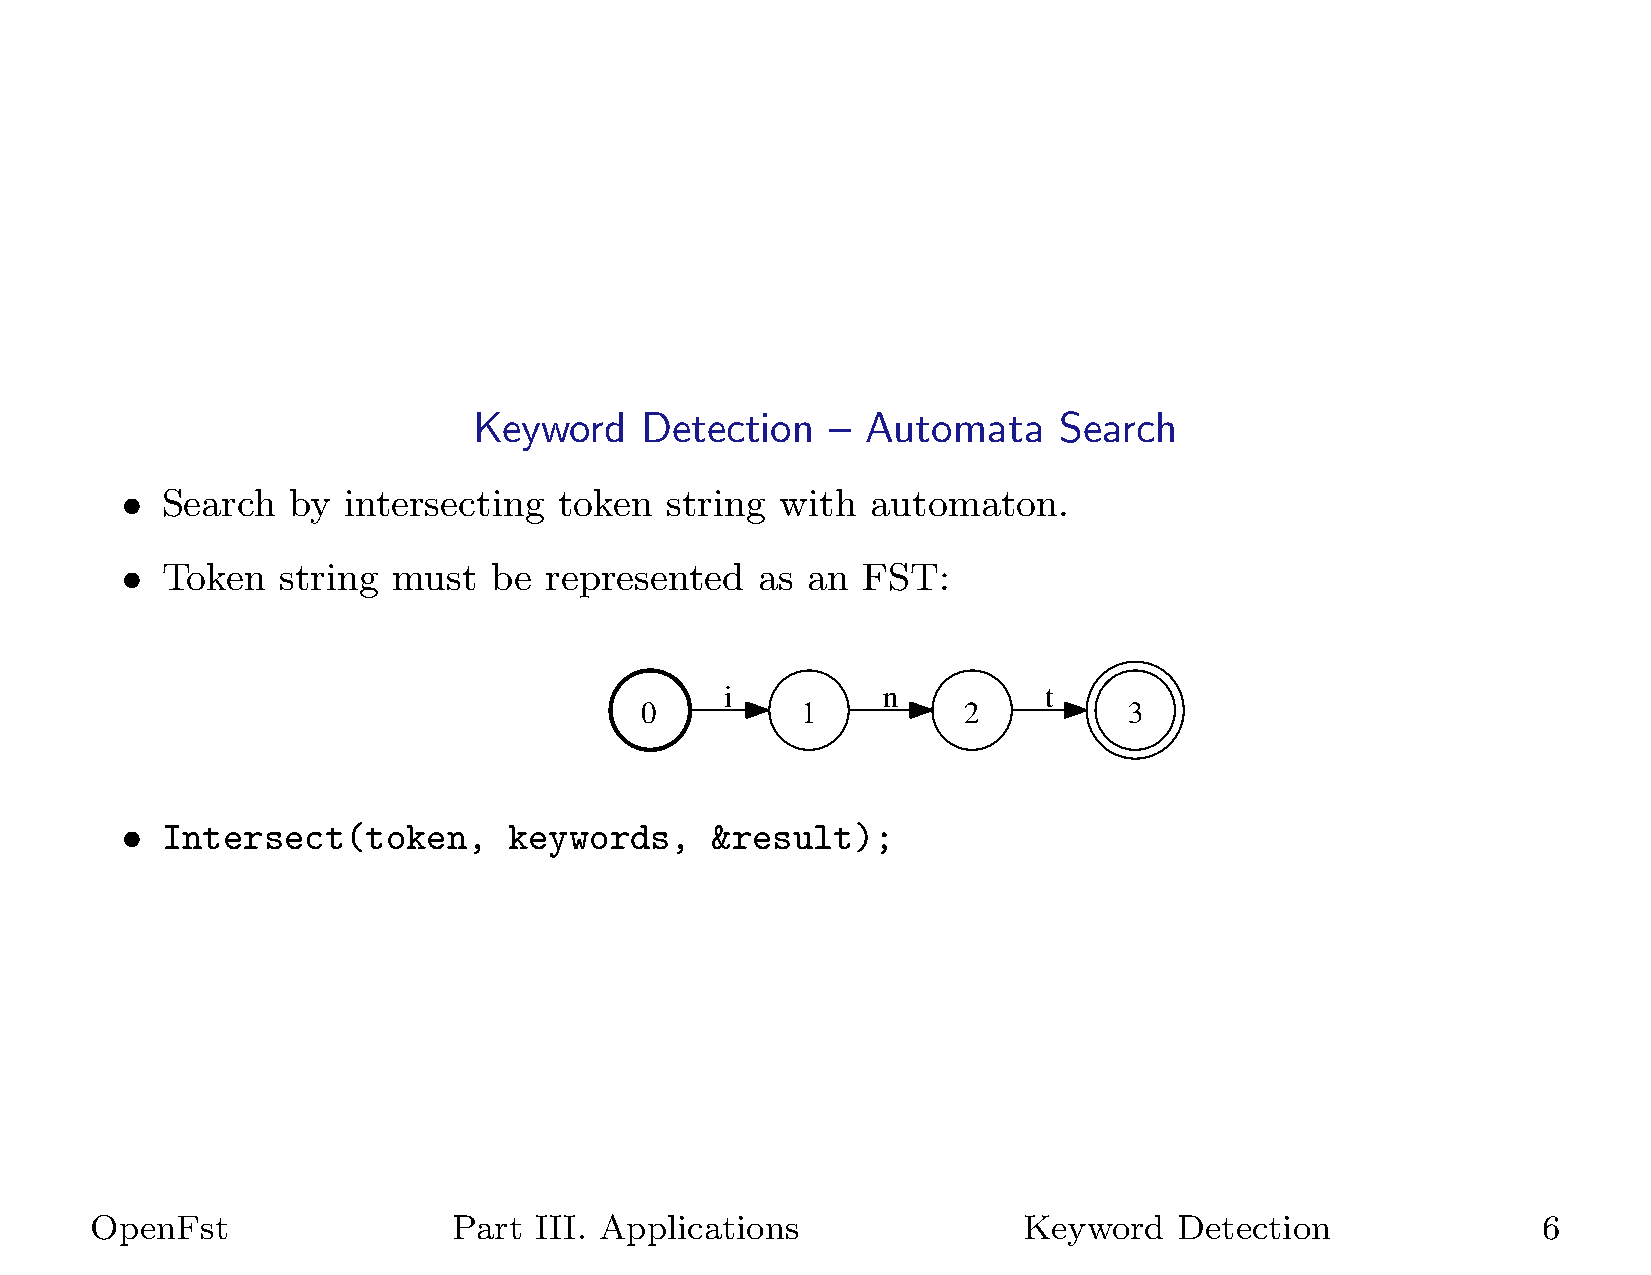
Keyword    Detection    – Automata     Search
 •  Search  by  intersecting  token  string  with  automaton.
 •  Token   string must   be represented   as an  FST:
 i         n          t
 0          1          2          3
 •  Intersect(token,       keywords,    &result);
 OpenFst                 Part III. Applications                Keyword   Detection               6